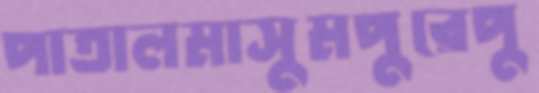
পাতালমাসুমপুরেপু